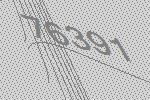
76391